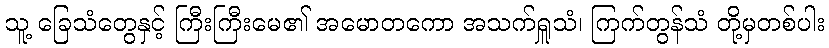
သူ့ ခြေသံတွေနှင့် ကြီးကြီးမေ၏ အမောတကော အသက်ရှူသံ၊ ကြက်တွန်သံ တို့မှတစ်ပါး